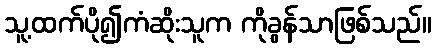
သူ့ထက်ပို၍ကံဆိုးသူက ကိုခွန်သာဖြစ်သည်။